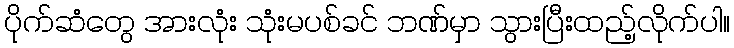
ပိုက်ဆံတွေ အားလုံး သုံးမပစ်ခင် ဘဏ်မှာ သွားပြီးထည့်လိုက်ပါ။